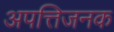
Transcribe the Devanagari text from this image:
अपत्तिजनक